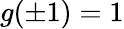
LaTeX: g(\pm 1)=1